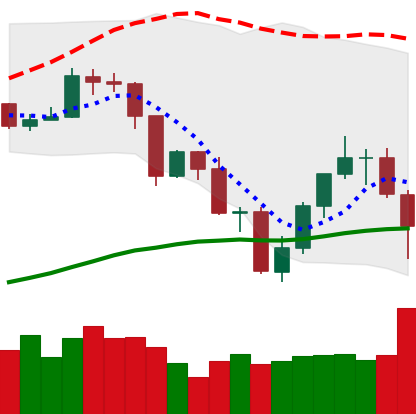
Ticker: TRX-USD
Chart end date: 2019-07-23
Forward return: -8.337%
Label: down_7plus